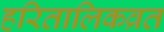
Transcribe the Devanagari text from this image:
हरितालिकव्रत